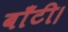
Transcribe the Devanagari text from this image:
बाँटी।